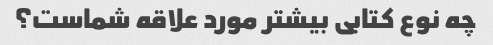
چه نوع کتابی بیشتر مورد علاقه شماست؟